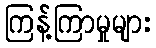
ကြန့်ကြာမှုများ